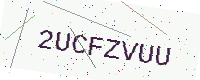
Text: 2UCFZVUU